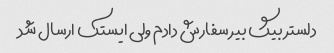
دلستر بیگ بیر سفارش دادم ولی ایستک ارسال شد